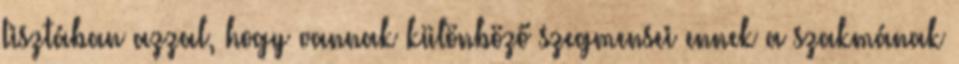
tisztában azzal, hogy vannak különböző szegmensei ennek a szakmának